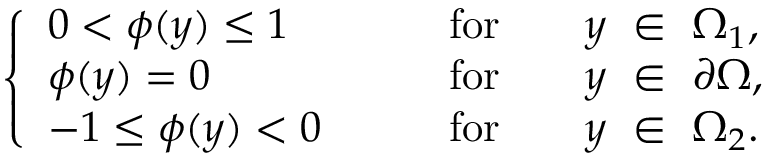
\left\{ \begin{array} { l l } { 0 < \phi ( { y } ) \leq 1 \qquad } & { \mathrm { f o r } \qquad { y } \, \, \in \, \, \Omega _ { 1 } , } \\ { \phi ( { y } ) = 0 } & { \mathrm { f o r } \qquad { y } \, \, \in \, \, \partial \Omega , } \\ { - 1 \leq \phi ( { y } ) < 0 \qquad } & { \mathrm { f o r } \qquad { y } \, \, \in \, \, \Omega _ { 2 } . } \end{array} \right.